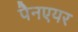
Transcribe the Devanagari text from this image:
पैनएयर